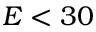
E < 3 0